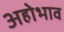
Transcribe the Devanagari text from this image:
अहोभाव